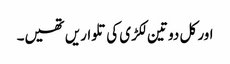
اور کل دو تین لکڑی کی تلواریں تھیں۔